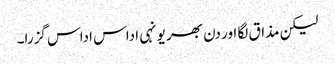
لیکن مذاق لگا اور دن بھر یونہی اداس اداس گزرا۔